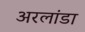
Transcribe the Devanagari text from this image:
अरलांडा